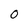
Character: 0